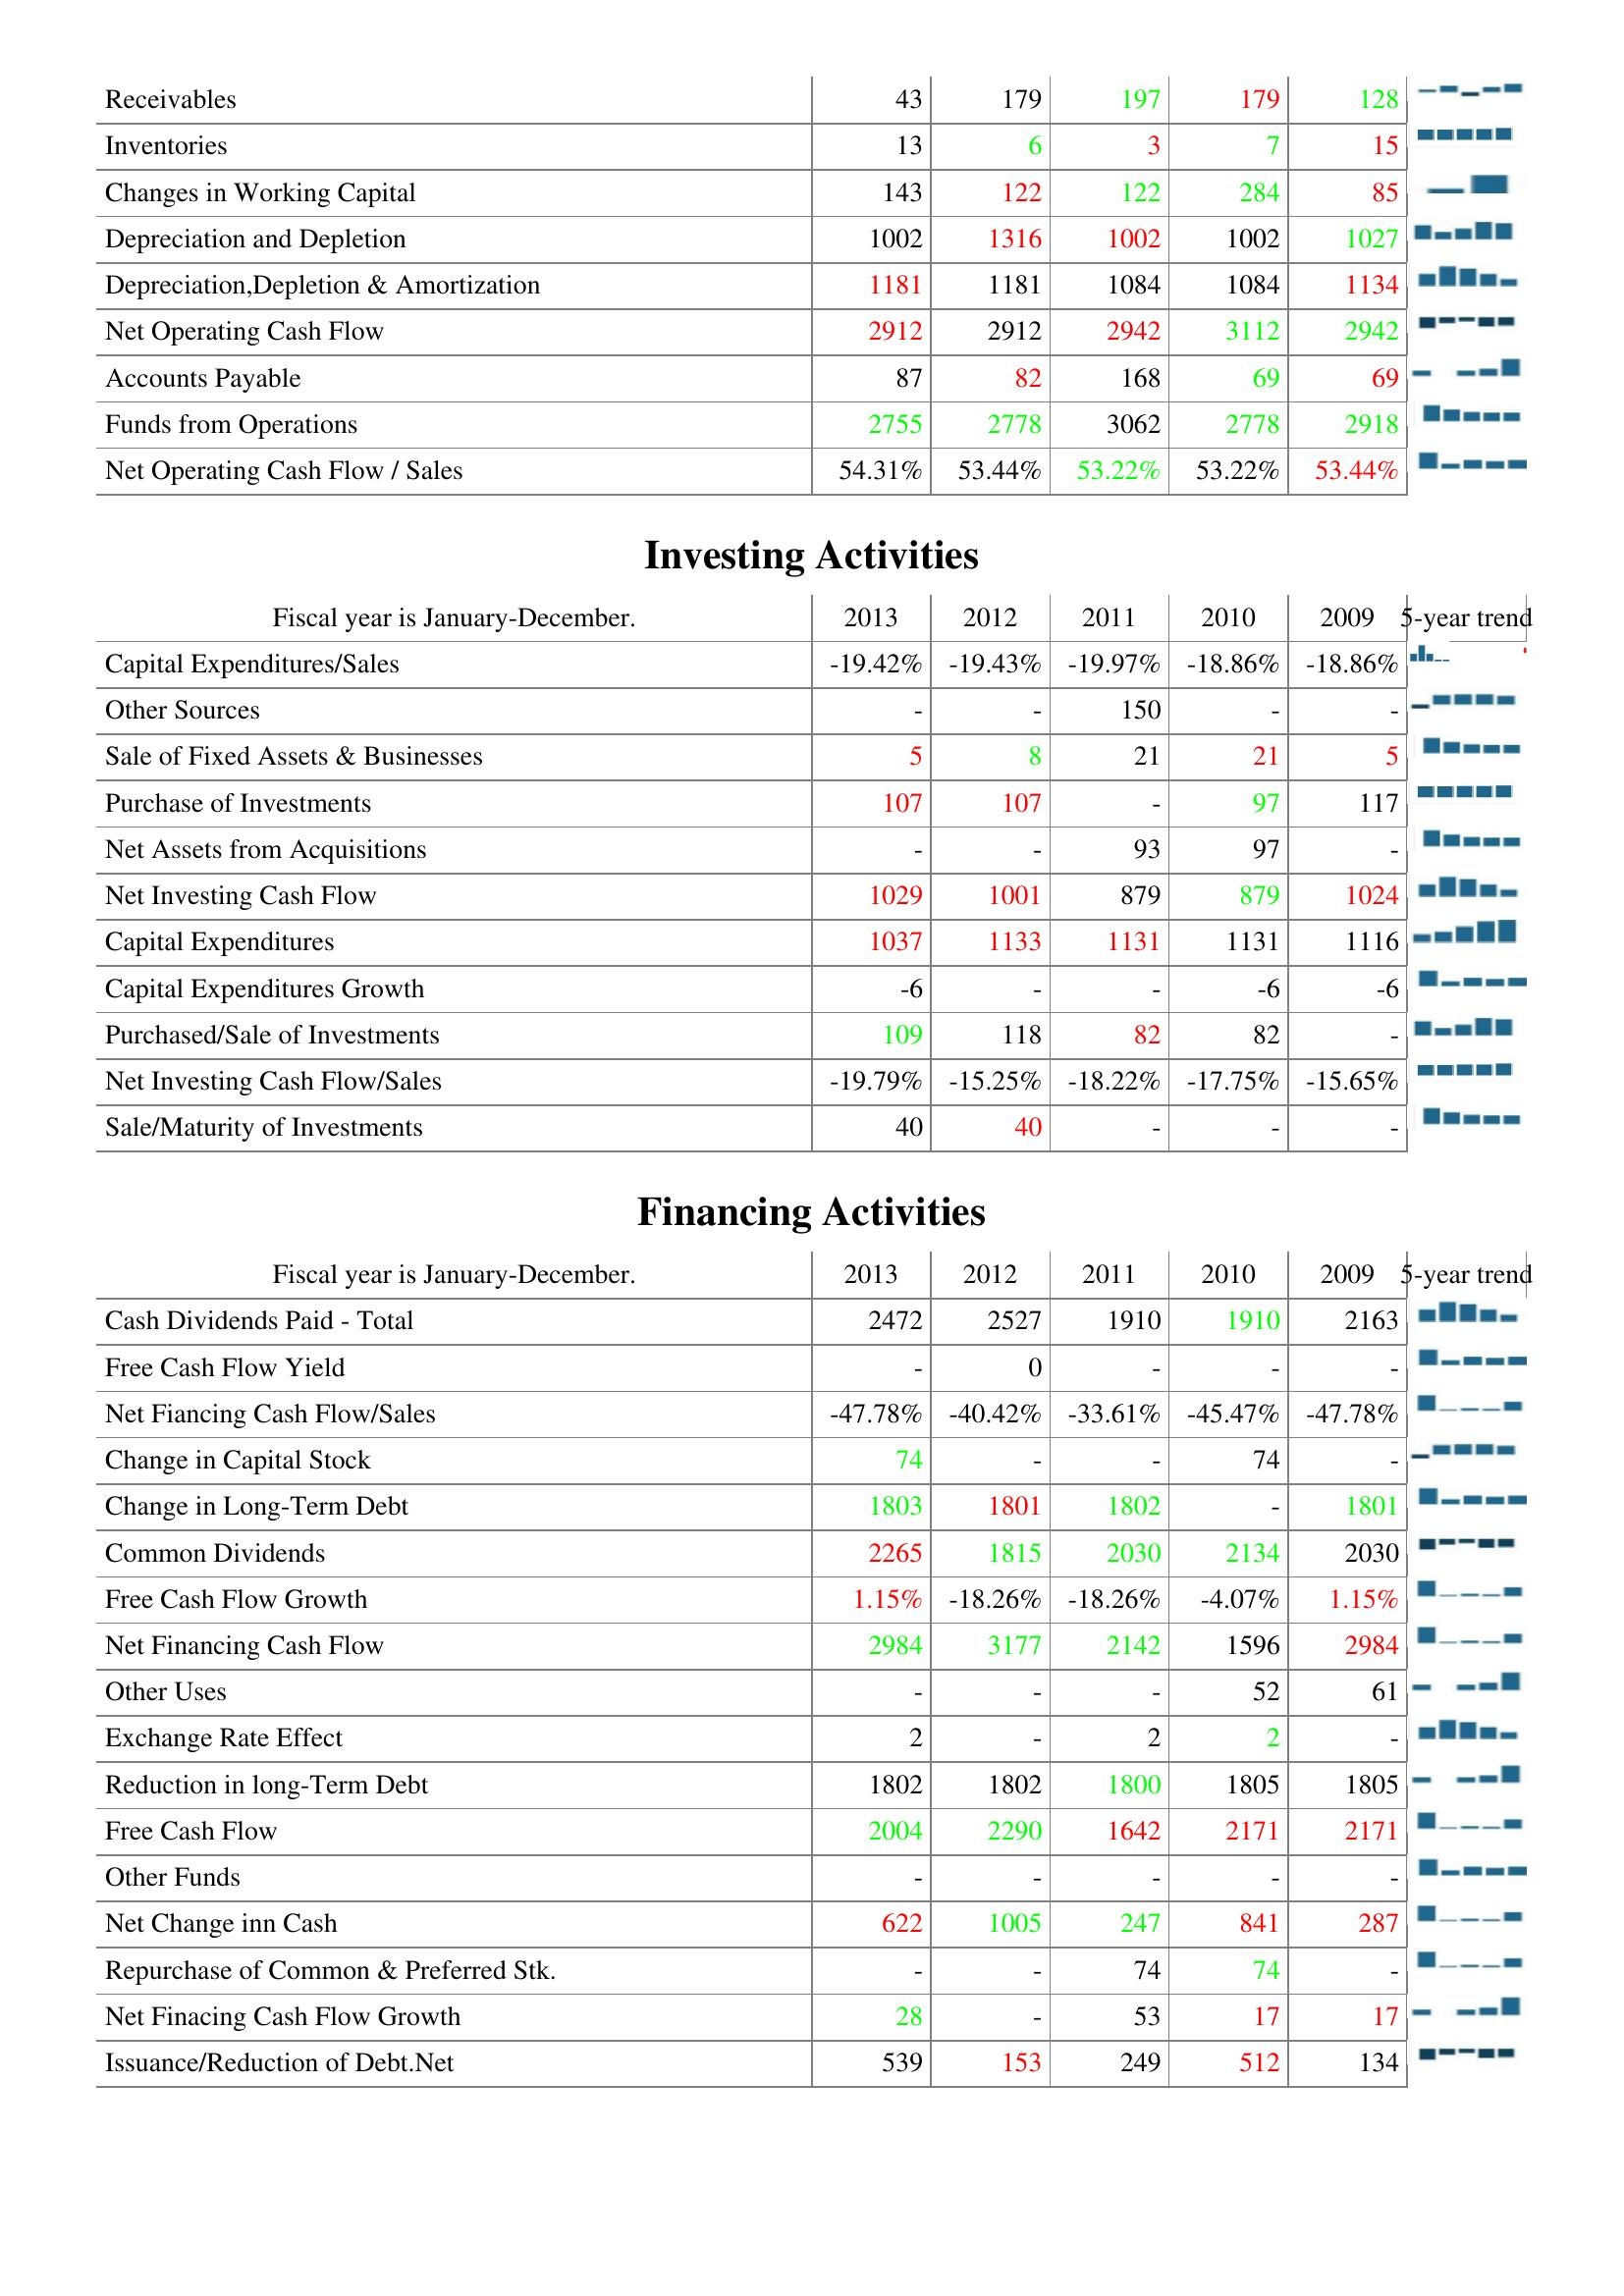
2013: Operating Activities: Receivables: 43
Inventories: 13
Changes in Working Capital: 143
Depreciation and Depletion: 1002
Depreciation,Depletion & Amortization: 1181
Net Operating Cash Flow: 2912
Accounts Payable: 87
Funds from Operations: 2755
Net Operating Cash Flow / Sales: 54.31%
Investing Activities: Capital Expenditures/Sales: -19.42%
Other Sources: -
Sale of Fixed Assets & Businesses: 5
Purchase of Investments: 107
Net Assets from Acquisitions: -
Net Investing Cash Flow: 1029
Capital Expenditures: 1037
Capital Expenditures Growth: -6
Purchased/Sale of Investments: 109
Net Investing Cash Flow/Sales: -19.79%
Sale/Maturity of Investments: 40
Financing Activities: Cash Dividends Paid - Total: 2472
Free Cash Flow Yield: -
Net Fiancing Cash Flow/Sales: -47.78%
Change in Capital Stock: 74
Change in Long-Term Debt: 1803
Common Dividends: 2265
Free Cash Flow Growth: 1.15%
Net Financing Cash Flow: 2984
Other Uses: -
Exchange Rate Effect: 2
Reduction in long-Term Debt: 1802
Free Cash Flow: 2004
Other Funds: -
Net Change inn Cash: 622
Repurchase of Common & Preferred Stk.: -
Net Finacing Cash Flow Growth: 28
Issuance/Reduction of Debt.Net: 539
2012: Operating Activities: Receivables: 179
Inventories: 6
Changes in Working Capital: 122
Depreciation and Depletion: 1316
Depreciation,Depletion & Amortization: 1181
Net Operating Cash Flow: 2912
Accounts Payable: 82
Funds from Operations: 2778
Net Operating Cash Flow / Sales: 53.44%
Investing Activities: Capital Expenditures/Sales: -19.43%
Other Sources: -
Sale of Fixed Assets & Businesses: 8
Purchase of Investments: 107
Net Assets from Acquisitions: -
Net Investing Cash Flow: 1001
Capital Expenditures: 1133
Capital Expenditures Growth: -
Purchased/Sale of Investments: 118
Net Investing Cash Flow/Sales: -15.25%
Sale/Maturity of Investments: 40
Financing Activities: Cash Dividends Paid - Total: 2527
Free Cash Flow Yield: 0
Net Fiancing Cash Flow/Sales: -40.42%
Change in Capital Stock: -
Change in Long-Term Debt: 1801
Common Dividends: 1815
Free Cash Flow Growth: -18.26%
Net Financing Cash Flow: 3177
Other Uses: -
Exchange Rate Effect: -
Reduction in long-Term Debt: 1802
Free Cash Flow: 2290
Other Funds: -
Net Change inn Cash: 1005
Repurchase of Common & Preferred Stk.: -
Net Finacing Cash Flow Growth: -
Issuance/Reduction of Debt.Net: 153
2011: Operating Activities: Receivables: 197
Inventories: 3
Changes in Working Capital: 122
Depreciation and Depletion: 1002
Depreciation,Depletion & Amortization: 1084
Net Operating Cash Flow: 2942
Accounts Payable: 168
Funds from Operations: 3062
Net Operating Cash Flow / Sales: 53.22%
Investing Activities: Capital Expenditures/Sales: -19.97%
Other Sources: 150
Sale of Fixed Assets & Businesses: 21
Purchase of Investments: -
Net Assets from Acquisitions: 93
Net Investing Cash Flow: 879
Capital Expenditures: 1131
Capital Expenditures Growth: -
Purchased/Sale of Investments: 82
Net Investing Cash Flow/Sales: -18.22%
Sale/Maturity of Investments: -
Financing Activities: Cash Dividends Paid - Total: 1910
Free Cash Flow Yield: -
Net Fiancing Cash Flow/Sales: -33.61%
Change in Capital Stock: -
Change in Long-Term Debt: 1802
Common Dividends: 2030
Free Cash Flow Growth: -18.26%
Net Financing Cash Flow: 2142
Other Uses: -
Exchange Rate Effect: 2
Reduction in long-Term Debt: 1800
Free Cash Flow: 1642
Other Funds: -
Net Change inn Cash: 247
Repurchase of Common & Preferred Stk.: 74
Net Finacing Cash Flow Growth: 53
Issuance/Reduction of Debt.Net: 249
2010: Operating Activities: Receivables: 179
Inventories: 7
Changes in Working Capital: 284
Depreciation and Depletion: 1002
Depreciation,Depletion & Amortization: 1084
Net Operating Cash Flow: 3112
Accounts Payable: 69
Funds from Operations: 2778
Net Operating Cash Flow / Sales: 53.22%
Investing Activities: Capital Expenditures/Sales: -18.86%
Other Sources: -
Sale of Fixed Assets & Businesses: 21
Purchase of Investments: 97
Net Assets from Acquisitions: 97
Net Investing Cash Flow: 879
Capital Expenditures: 1131
Capital Expenditures Growth: -6
Purchased/Sale of Investments: 82
Net Investing Cash Flow/Sales: -17.75%
Sale/Maturity of Investments: -
Financing Activities: Cash Dividends Paid - Total: 1910
Free Cash Flow Yield: -
Net Fiancing Cash Flow/Sales: -45.47%
Change in Capital Stock: 74
Change in Long-Term Debt: -
Common Dividends: 2134
Free Cash Flow Growth: -4.07%
Net Financing Cash Flow: 1596
Other Uses: 52
Exchange Rate Effect: 2
Reduction in long-Term Debt: 1805
Free Cash Flow: 2171
Other Funds: -
Net Change inn Cash: 841
Repurchase of Common & Preferred Stk.: 74
Net Finacing Cash Flow Growth: 17
Issuance/Reduction of Debt.Net: 512
2009: Operating Activities: Receivables: 128
Inventories: 15
Changes in Working Capital: 85
Depreciation and Depletion: 1027
Depreciation,Depletion & Amortization: 1134
Net Operating Cash Flow: 2942
Accounts Payable: 69
Funds from Operations: 2918
Net Operating Cash Flow / Sales: 53.44%
Investing Activities: Capital Expenditures/Sales: -18.86%
Other Sources: -
Sale of Fixed Assets & Businesses: 5
Purchase of Investments: 117
Net Assets from Acquisitions: -
Net Investing Cash Flow: 1024
Capital Expenditures: 1116
Capital Expenditures Growth: -6
Purchased/Sale of Investments: -
Net Investing Cash Flow/Sales: -15.65%
Sale/Maturity of Investments: -
Financing Activities: Cash Dividends Paid - Total: 2163
Free Cash Flow Yield: -
Net Fiancing Cash Flow/Sales: -47.78%
Change in Capital Stock: -
Change in Long-Term Debt: 1801
Common Dividends: 2030
Free Cash Flow Growth: 1.15%
Net Financing Cash Flow: 2984
Other Uses: 61
Exchange Rate Effect: -
Reduction in long-Term Debt: 1805
Free Cash Flow: 2171
Other Funds: -
Net Change inn Cash: 287
Repurchase of Common & Preferred Stk.: -
Net Finacing Cash Flow Growth: 17
Issuance/Reduction of Debt.Net: 134